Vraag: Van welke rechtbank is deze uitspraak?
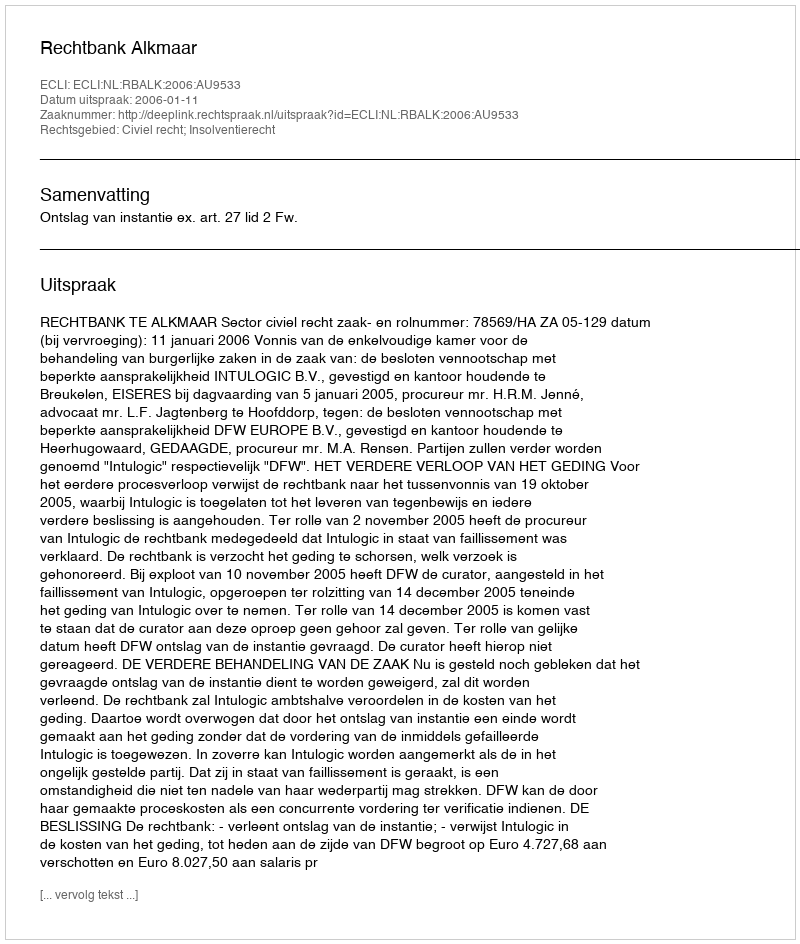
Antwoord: Rechtbank Alkmaar